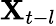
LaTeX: \mathbf{X}_{t-l}